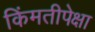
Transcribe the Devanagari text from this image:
किंमतीपेक्षा